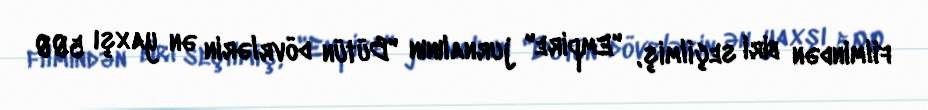
filmindən biri seçilmiş, "Empire" jurnalının "Bütün dövrlərin ən yaxşı 500